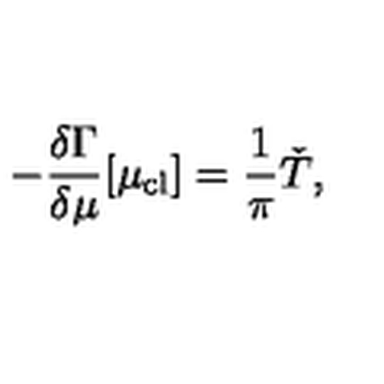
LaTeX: - \frac { \delta \Gamma } { \delta \mu } [ \mu _ { \mathrm { c l } } ] = \frac { 1 } { \pi } \check { T } ,